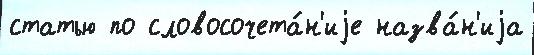
статью по словосочета́н'иjе назва́н'иjа